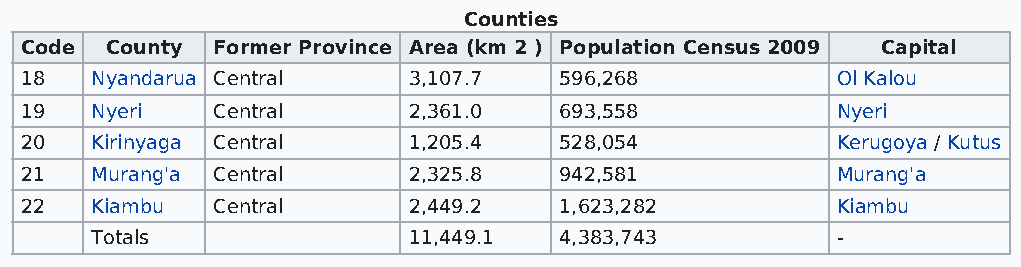
Counties
 Code  County Former Province Area (km 2 ) Population Census 2009 Capital
 18   Nyandarua Central    3,107.7   596,268           Ol Kalou
 19   Nyeri   Central      2,361.0   693,558           Nyeri
 20   Kirinyaga Central    1,205.4   528,054           Kerugoya / Kutus
 21   Murang'a Central     2,325.8   942,581           Murang'a
 22   Kiambu  Central      2,449.2   1,623,282         Kiambu
 Totals               11,449.1  4,383,743         -